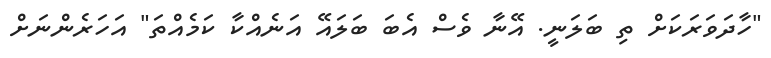
"ހާދަވަރަކަށް ތި ބަލަނީ. އޭނާ ވެސް އެބަ ބަލައޭ އަނެއްކާ ކަމެއްތަ" އަހަރެންނަށް